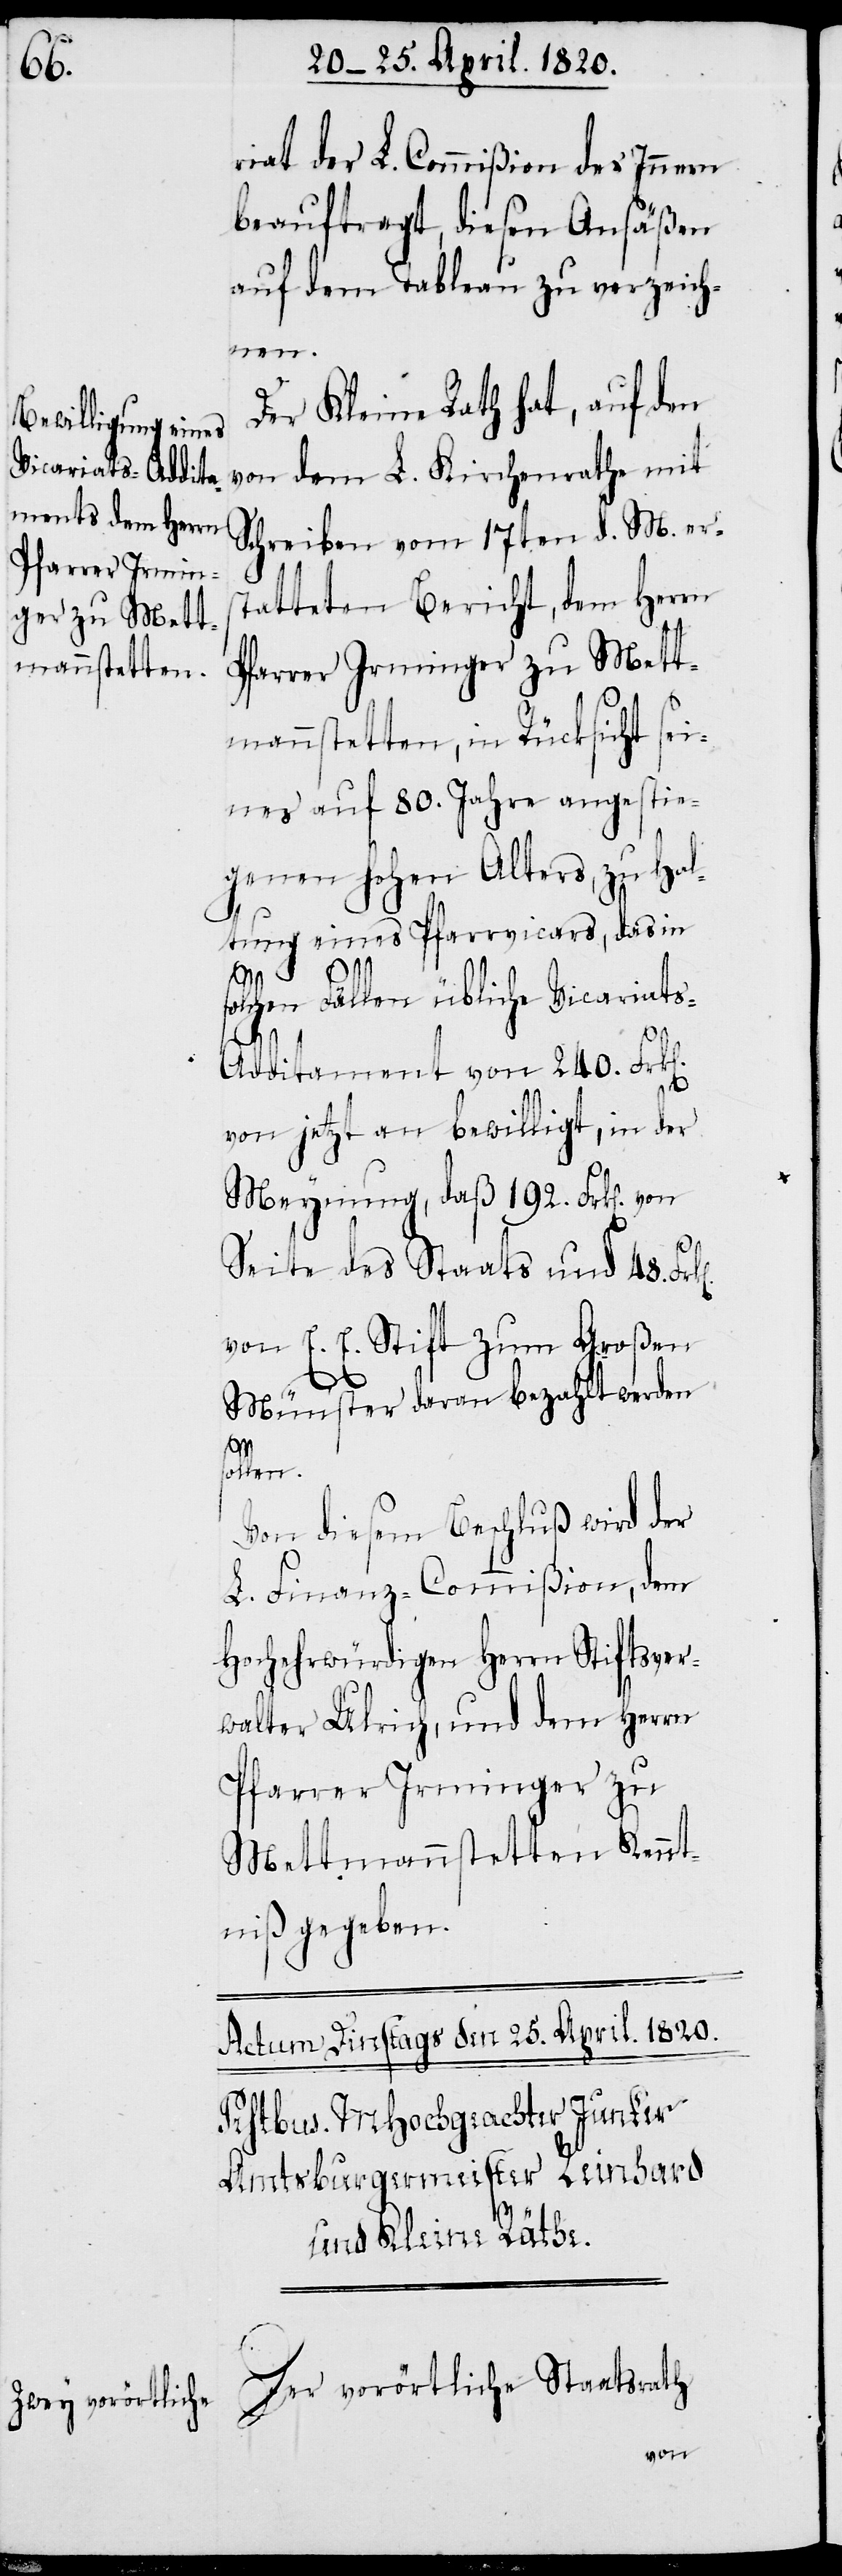
riat der L. Commißion des Innern
beauftragt, diesen Ansäßen
auf dem Tableau zu verzeich¬
nen.
Der Kleine Rath hat, auf den
Schreiben vom 17ten d. M. ers¬
tatteten Bericht, dem Herrn
Pfarrer Irminger zu Mett¬
mannstetten, in Rücksicht sei¬
nes auf 80. Jahre angestie¬
genen hohen Alters, zu Hal¬
tung eines Pfarrvicars, des in
k[en].
olchen Fällen übliche Vicariat¬
s-Additament von 240. Frk[e¬
von jetzt an bewilligt, in der
Meynung, daß 192. Frk[en].
Seite des Staates und 48. Fr¬
von E. E. Stift zum Großen
L.
Münster deren bezahlt werden
sollen.
Von diesem Beschluß wird der
L. Finanz-Commißion, dem
Hochehrwürdigen Herrn Stiftsver¬
walter Ulrich, und dem Herrn
Pfarrer Irminger zu
Mettmannstetten Kennt¬
niβ gegeben.
Der vorörtliche Staatsrath
von